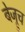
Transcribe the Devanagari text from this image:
बेज्रुच